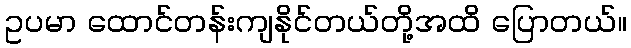
ဥပမာ ထောင်တန်းကျနိုင်တယ်တို့အထိ ပြောတယ်။